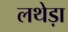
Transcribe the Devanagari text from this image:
लथेड़ा